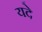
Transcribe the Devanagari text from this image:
यदे